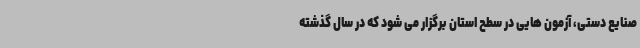
صنایع دستی، آزمون هایی در سطح استان برگزار می شود که در سال گذشته